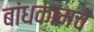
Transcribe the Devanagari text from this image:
बांधकामचे